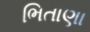
ભિતાણા